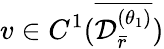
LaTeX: v\in C^{1}(\overline{{\mathcal{D}_{\bar{r}}^{(\theta_{1})}}})